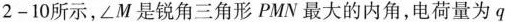
2-10所示，∠M是锐角三角形PMN最大的内角，电荷量为q